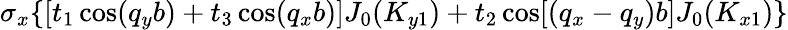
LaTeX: \sigma_{x}\{ [t_{1}\cos(q_{y}b)+t_{3}\cos(q_{x}b)]J_{0}(K_{y1})+t_{2}\cos[(q_{x}-q_{y})b]J_{0}(K_{x1})\}